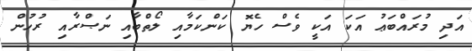
އަދި މުރައްބަޢު އަކަ އަކީ ވެސް ހެޔޮ ކަންކަމާއި ލޯތްބާއި ނަޞްރާއި ރުހުން